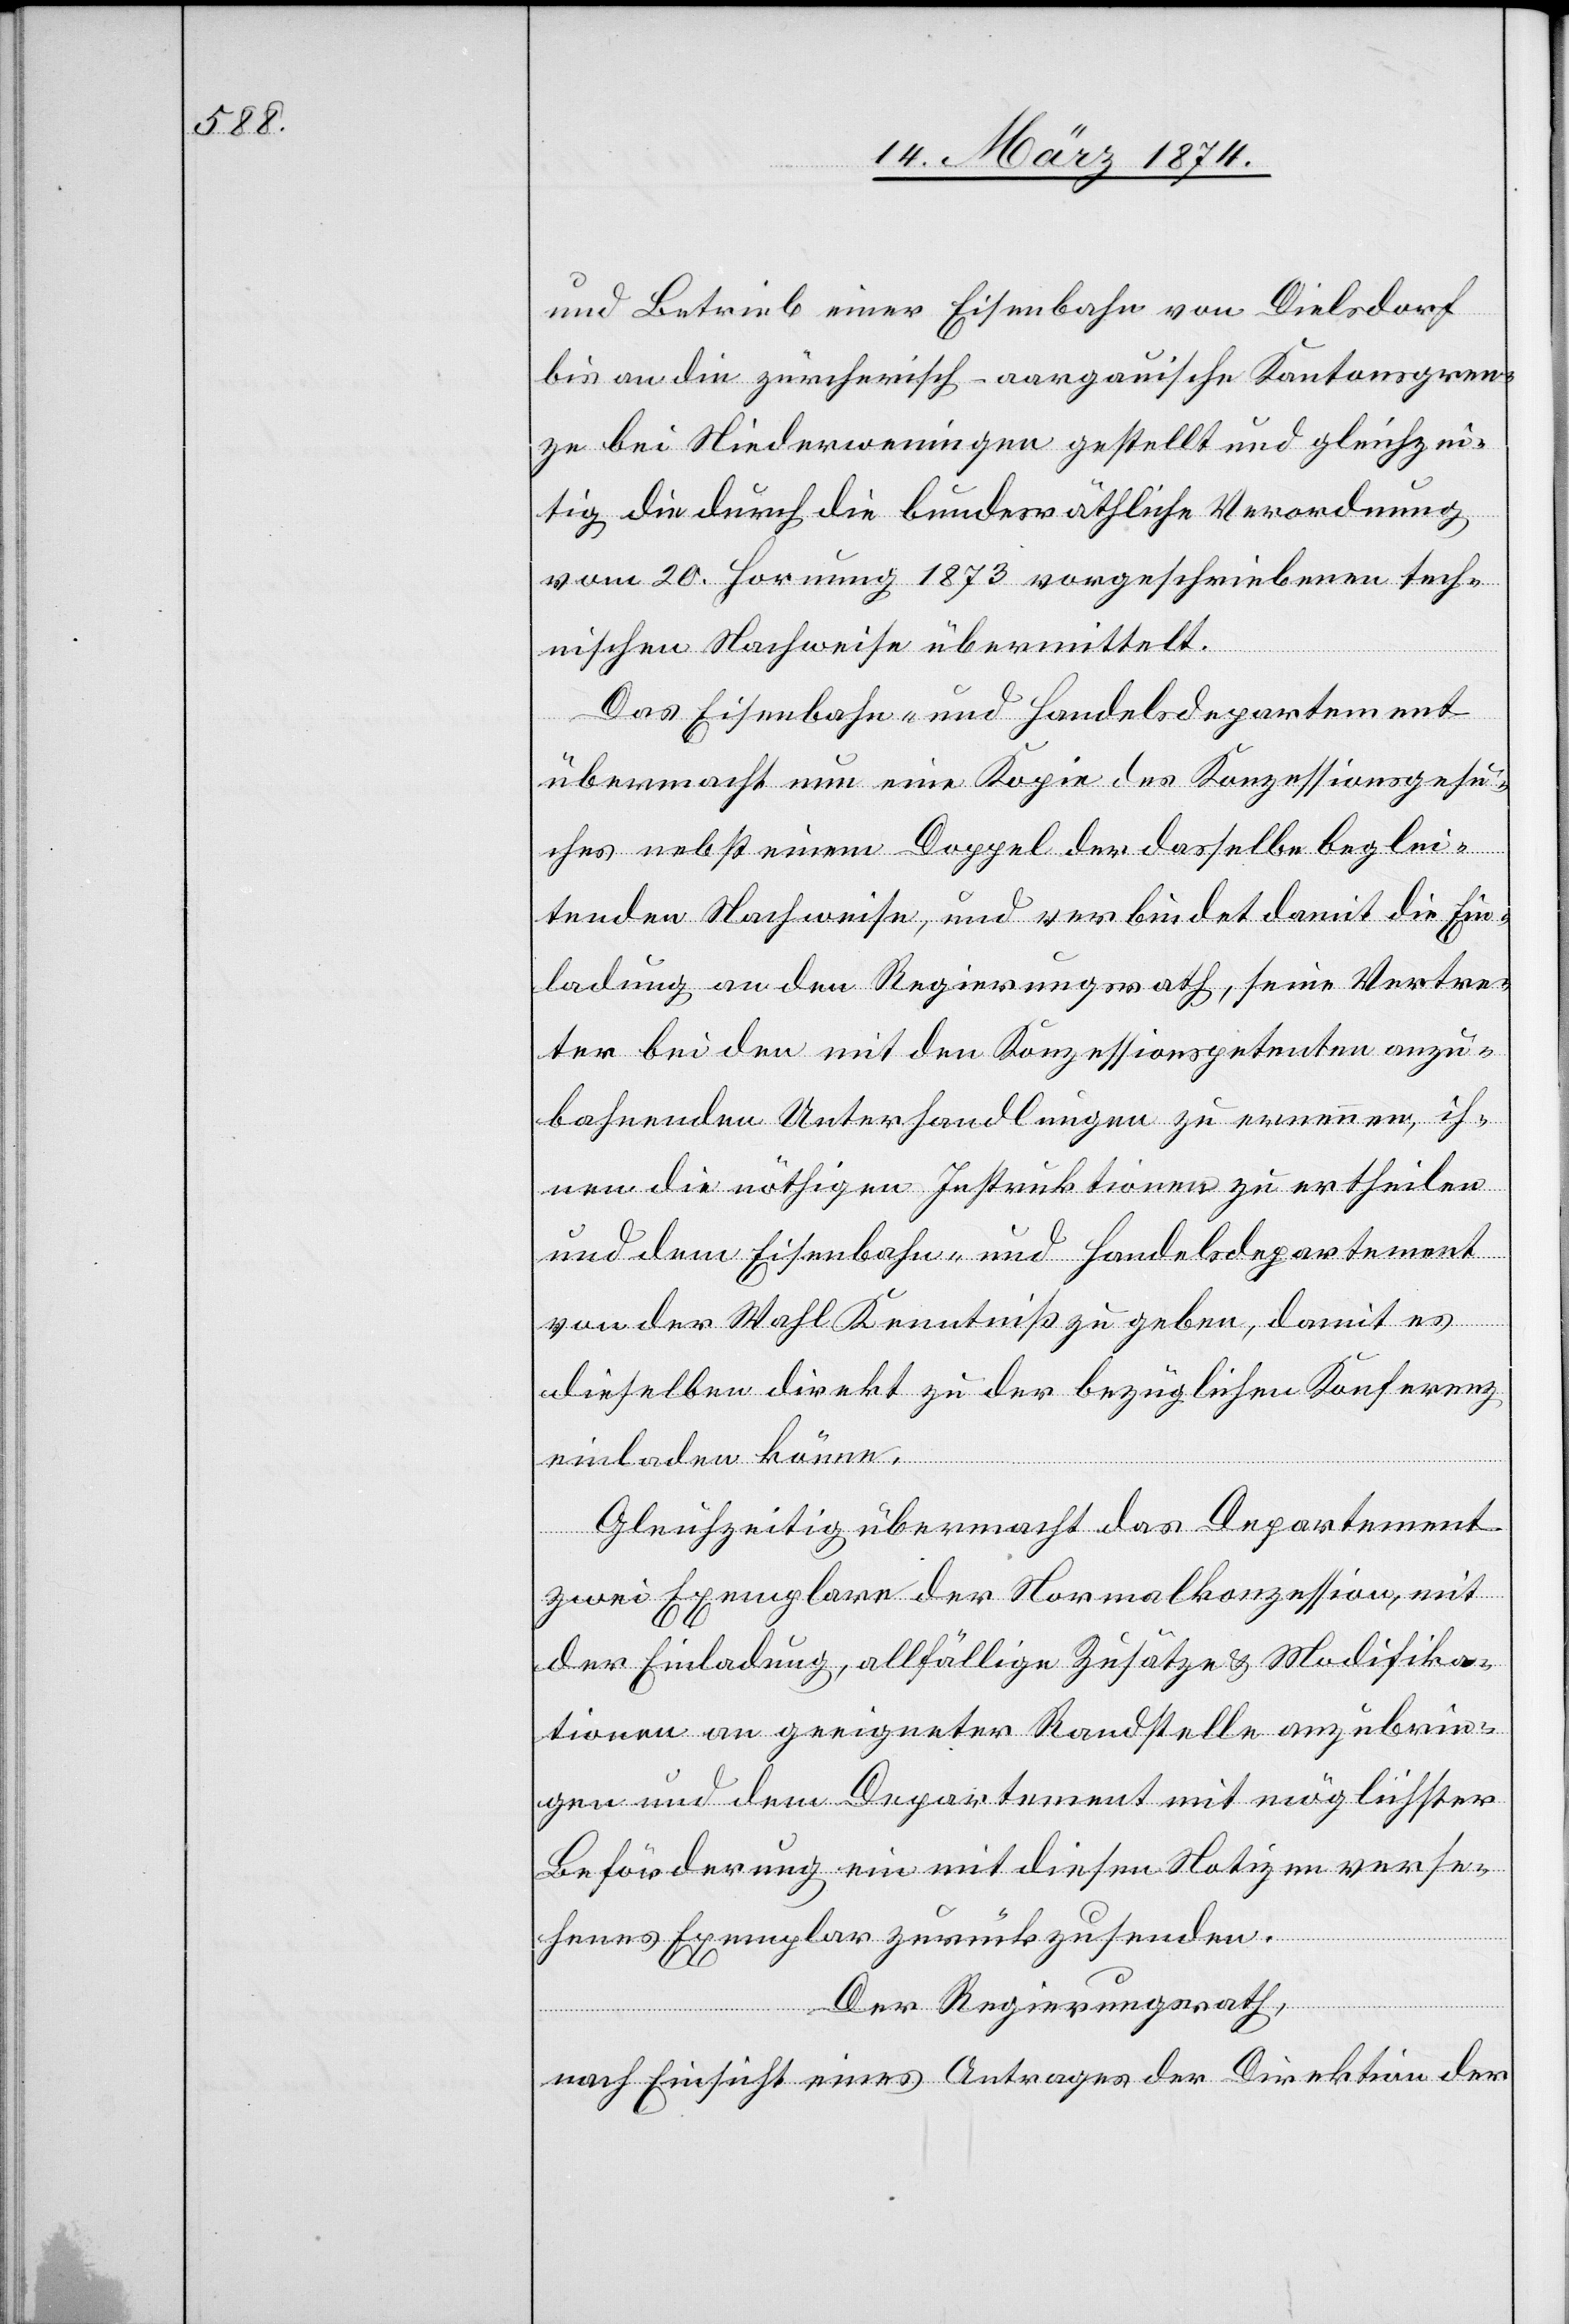
und Betrieb einer Eisenbahn von Dielsdorf
bis an die zürcherisch-aargauische Kantonsgren¬
ze bei Niederweningen gestellt und gleichzei¬
tig die durch die bundesräthliche Verordnung
vom 20. Hornung 1873 vorgeschriebenen tech¬
nischen Nachweise übermittelt.
Das Eisenbahn- und Handelsdepartement
übermacht nun eine Kopie des Konzessionsgesu¬
ches nebst einem Doppel der dasselbe beglei¬
tenden Nachweise, und verbindet damit die Ein¬
ladung an den Regierungsrath, seine Vertre¬
ter bei den mit den Konzessionspetenten anzu¬
bahnenden Unterhandlungen zu ernennen, ih¬
nen die nöthigen Instruktionen zu ertheilen
und dem Eisenbahn- und Handelsdepartement
von der Wahl Kenntniß zu geben, damit es
dieselben direkt zu der bezüglichen Konferenz
einladen könne.
Gleichzeitig übermacht das Departement
zwei Exemplare der Normalkonzession, mit
der Einladung, allfällige Zusätze u. Modifika¬
tionen an geeigneter Randstelle anzubrin¬
gen und dem Departement mit möglichster
Beförderung ein mit diesen Notizen verse¬
hendes Exemplar zurückzusenden.
Der Regierungsrath,
nach Einsicht eines Antrages der Direktion der